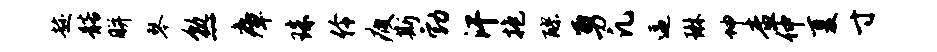
趁髂胼琴熟瘴珠伶疲斯勃汗抱醪勇凡逼琳坤查仲夏寸